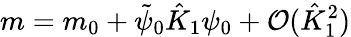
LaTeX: m=m_{0}+\tilde{\psi}_{0}\hat{K}_{1}\psi_{0}+\mathcal{O}(\hat{K}_{1}^{2})